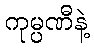
ကုမ္ပဏီနဲ့